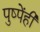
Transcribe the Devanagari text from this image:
पुष्पेंही